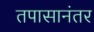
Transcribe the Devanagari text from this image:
तपासानंतर